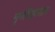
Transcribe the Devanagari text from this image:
मृगविहारात